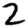
Digit: 2